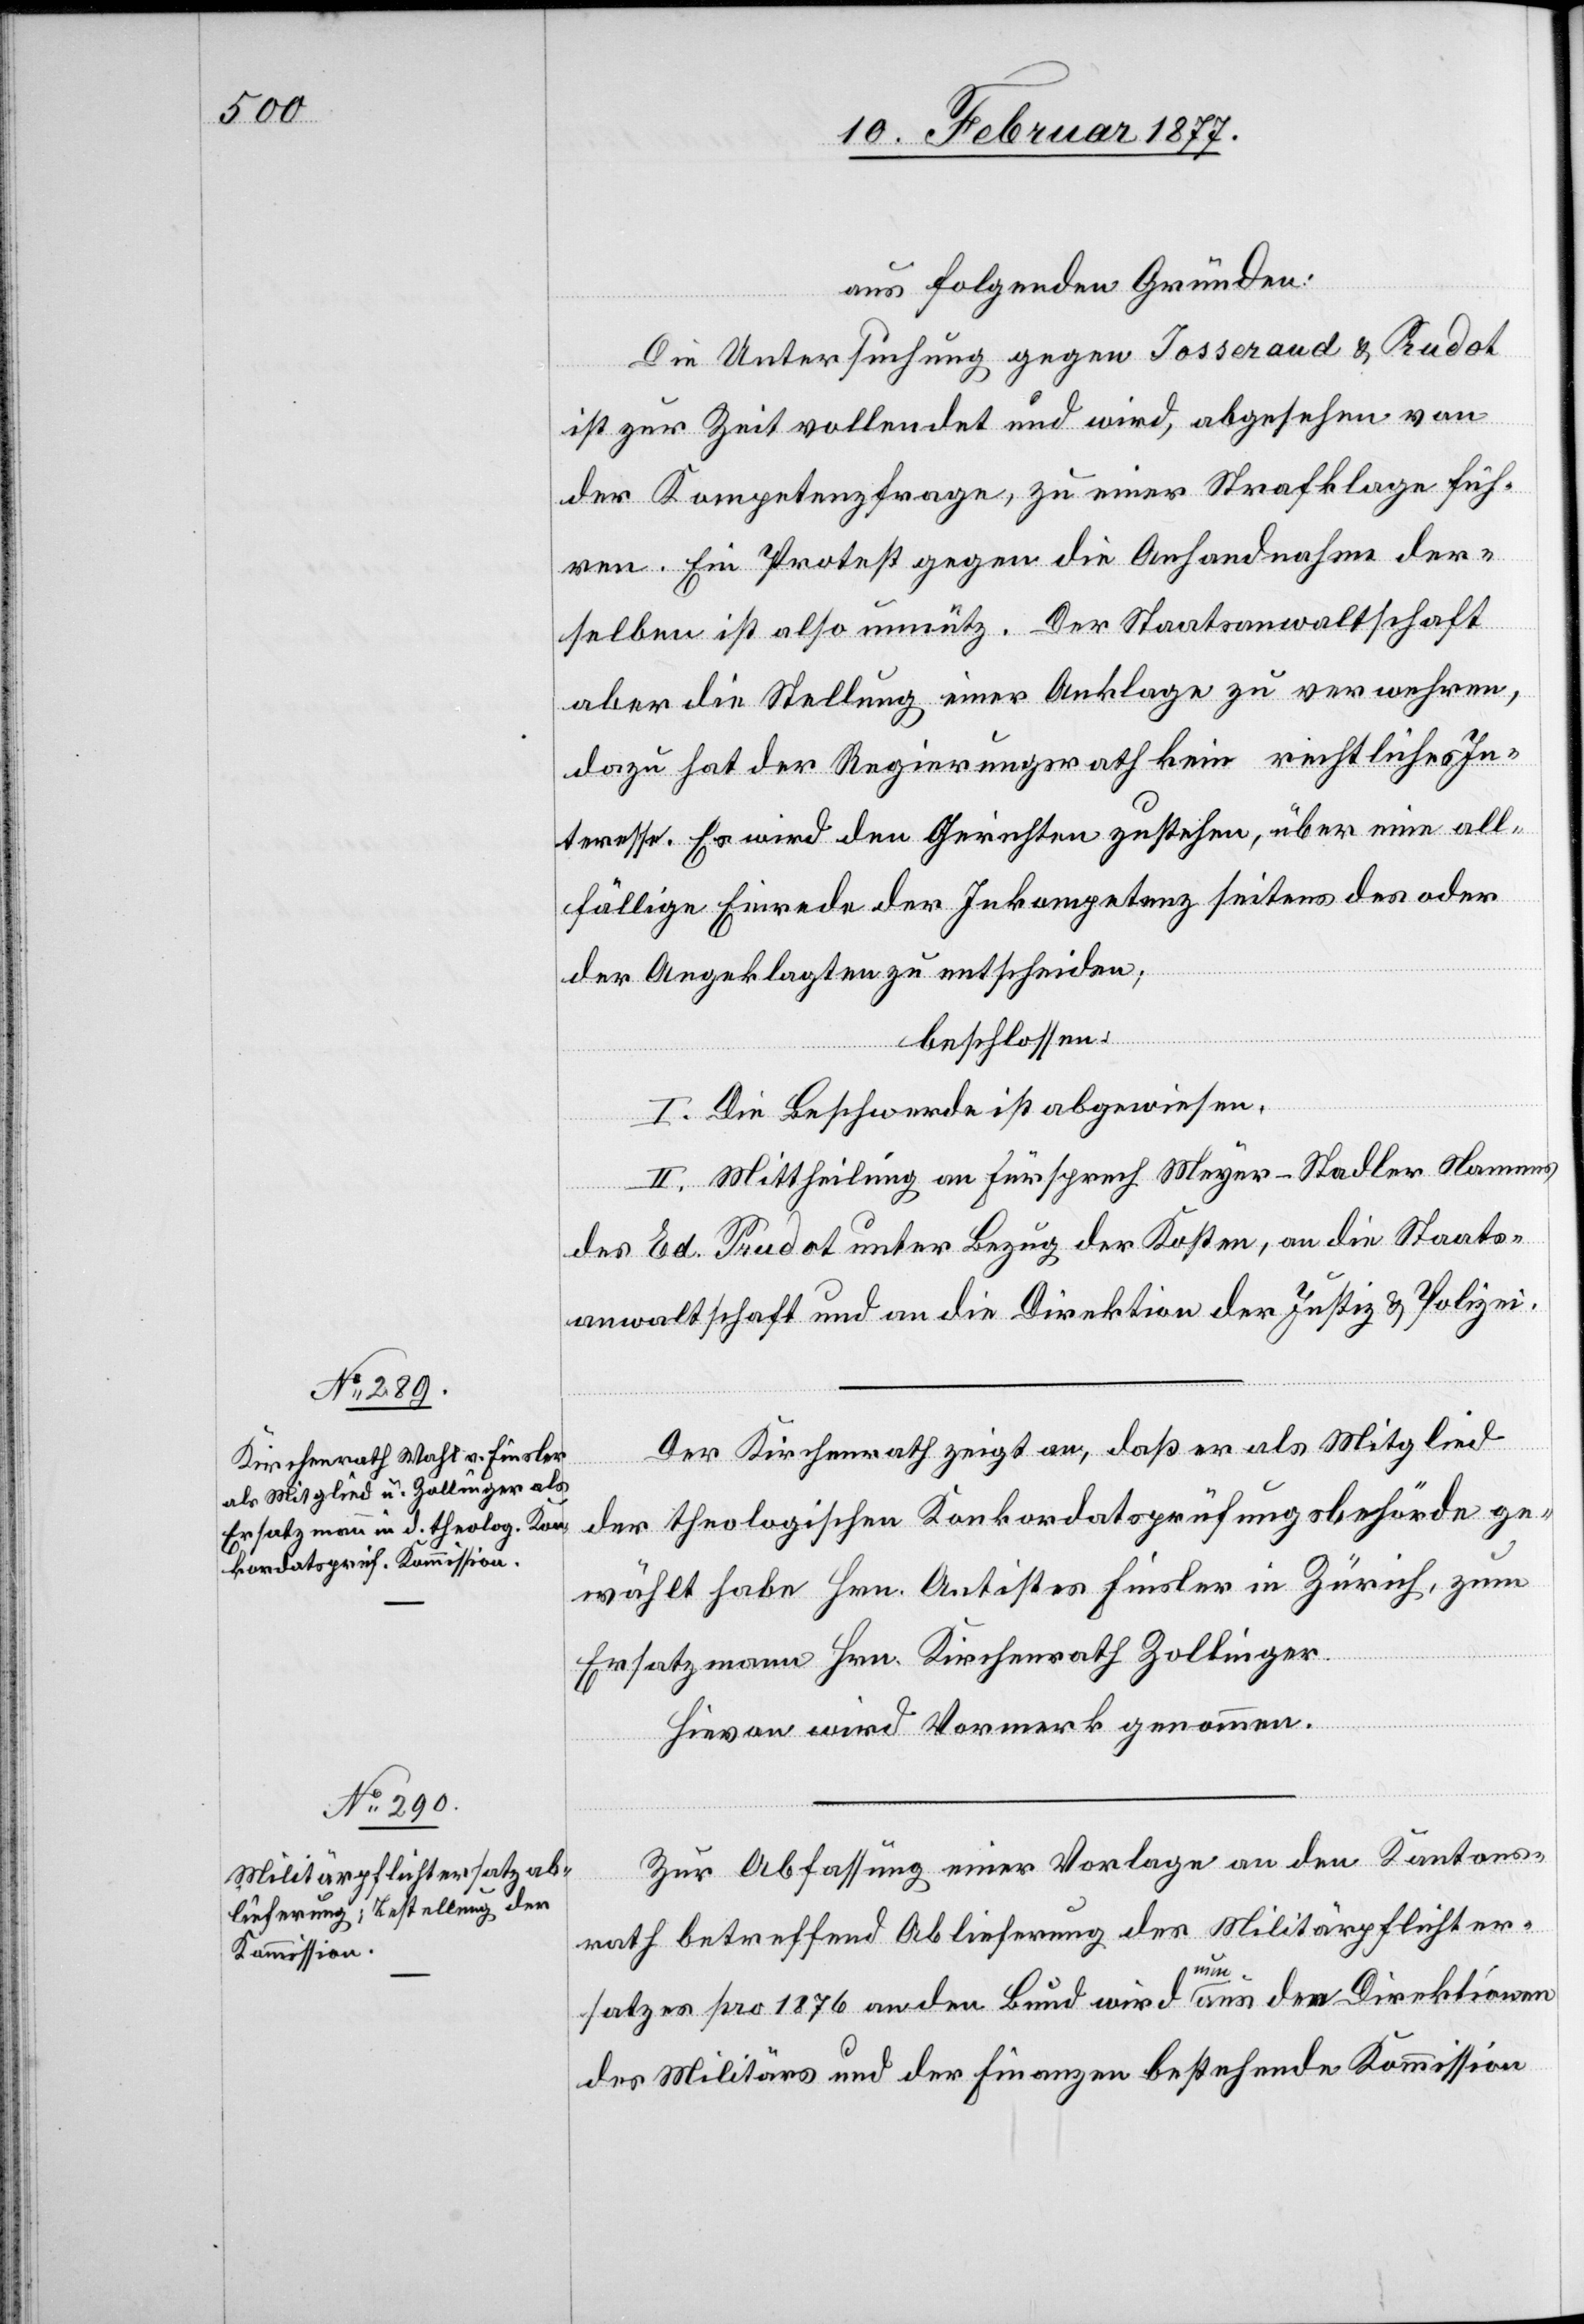
aus folgenden Gründen:
Die Untersuchung gegen Josseraud & Prudot
ist zur Zeit vollendet und wird, abgesehen von
der Kompetenzfrage, zu einer Strafklage füh¬
ren. Ein Protest gegen die Anhandnahme der¬
selben ist also unnütz. Der Staatsanwaltschaft
aber die Stellung einer Anklage zu verwehren,
dazu hat der Regierungsrath kein rechtliches In¬
teresse. Es wird den Gerichten zustehen, über eine all¬
fällige Einrede der Inkompetenz seitens des oder
der Angeklagten zu entscheiden;
beschlossen:
I. Die Beschwerde ist abgewiesen.
II. Mittheilung an Fürsprech Meyer-Stadler Nam¬
ens
des Ed. Prudot unter Bezug der Kosten, an die Staats¬
anwaltschaft und an die Direktion der Justiz & Polizei.
Der Kirchenrath zeigt an, daß er als Mitglied
der theologischen Konkordatsprüfungsbehörde ge¬
wählt habe Hrn. Antistes Finsler in Zürich, zum
Ersatzmann Hrn. Kirchenrath Zollinger.
Hievon wird Vormerk genommen.
Zur Abfassung einer Vorlage an den Kantons¬
rath betreffend Ablieferung des Militärpflichter¬
satzes pro 1876 an den Bund wird eine aus den Direktionen
des Militärs und der Finanzen bestehende Kommission